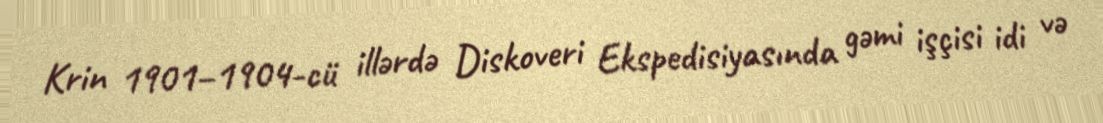
Krin 1901–1904-cü illərdə Diskoveri Ekspedisiyasında gəmi işçisi idi və